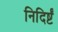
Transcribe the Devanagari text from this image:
निदिर्ष्टं